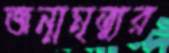
জন্মমৃত্যুর